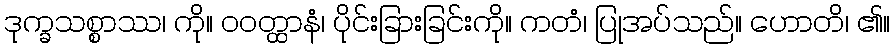
ဒုက္ခသစ္စာဿ၊ ကို။ ဝဝတ္ထာနံ၊ ပိုင်းခြားခြင်းကို။ ကတံ၊ ပြုအပ်သည်။ ဟောတိ၊ ၏။